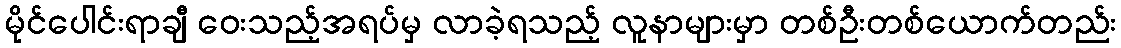
မိုင်ပေါင်းရာချီ ဝေးသည့်အရပ်မှ လာခဲ့ရသည့် လူနာများမှာ တစ်ဦးတစ်ယောက်တည်း